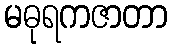
မဓုရကဇာတာ